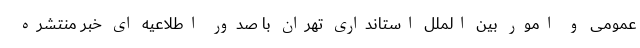
عمومی و امور بین الملل استانداری تهران با صدور اطلاعیه ای خبر منتشره